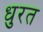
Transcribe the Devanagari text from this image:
धुरत